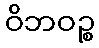
ဝိဘဝဉ္စ